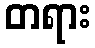
တရား